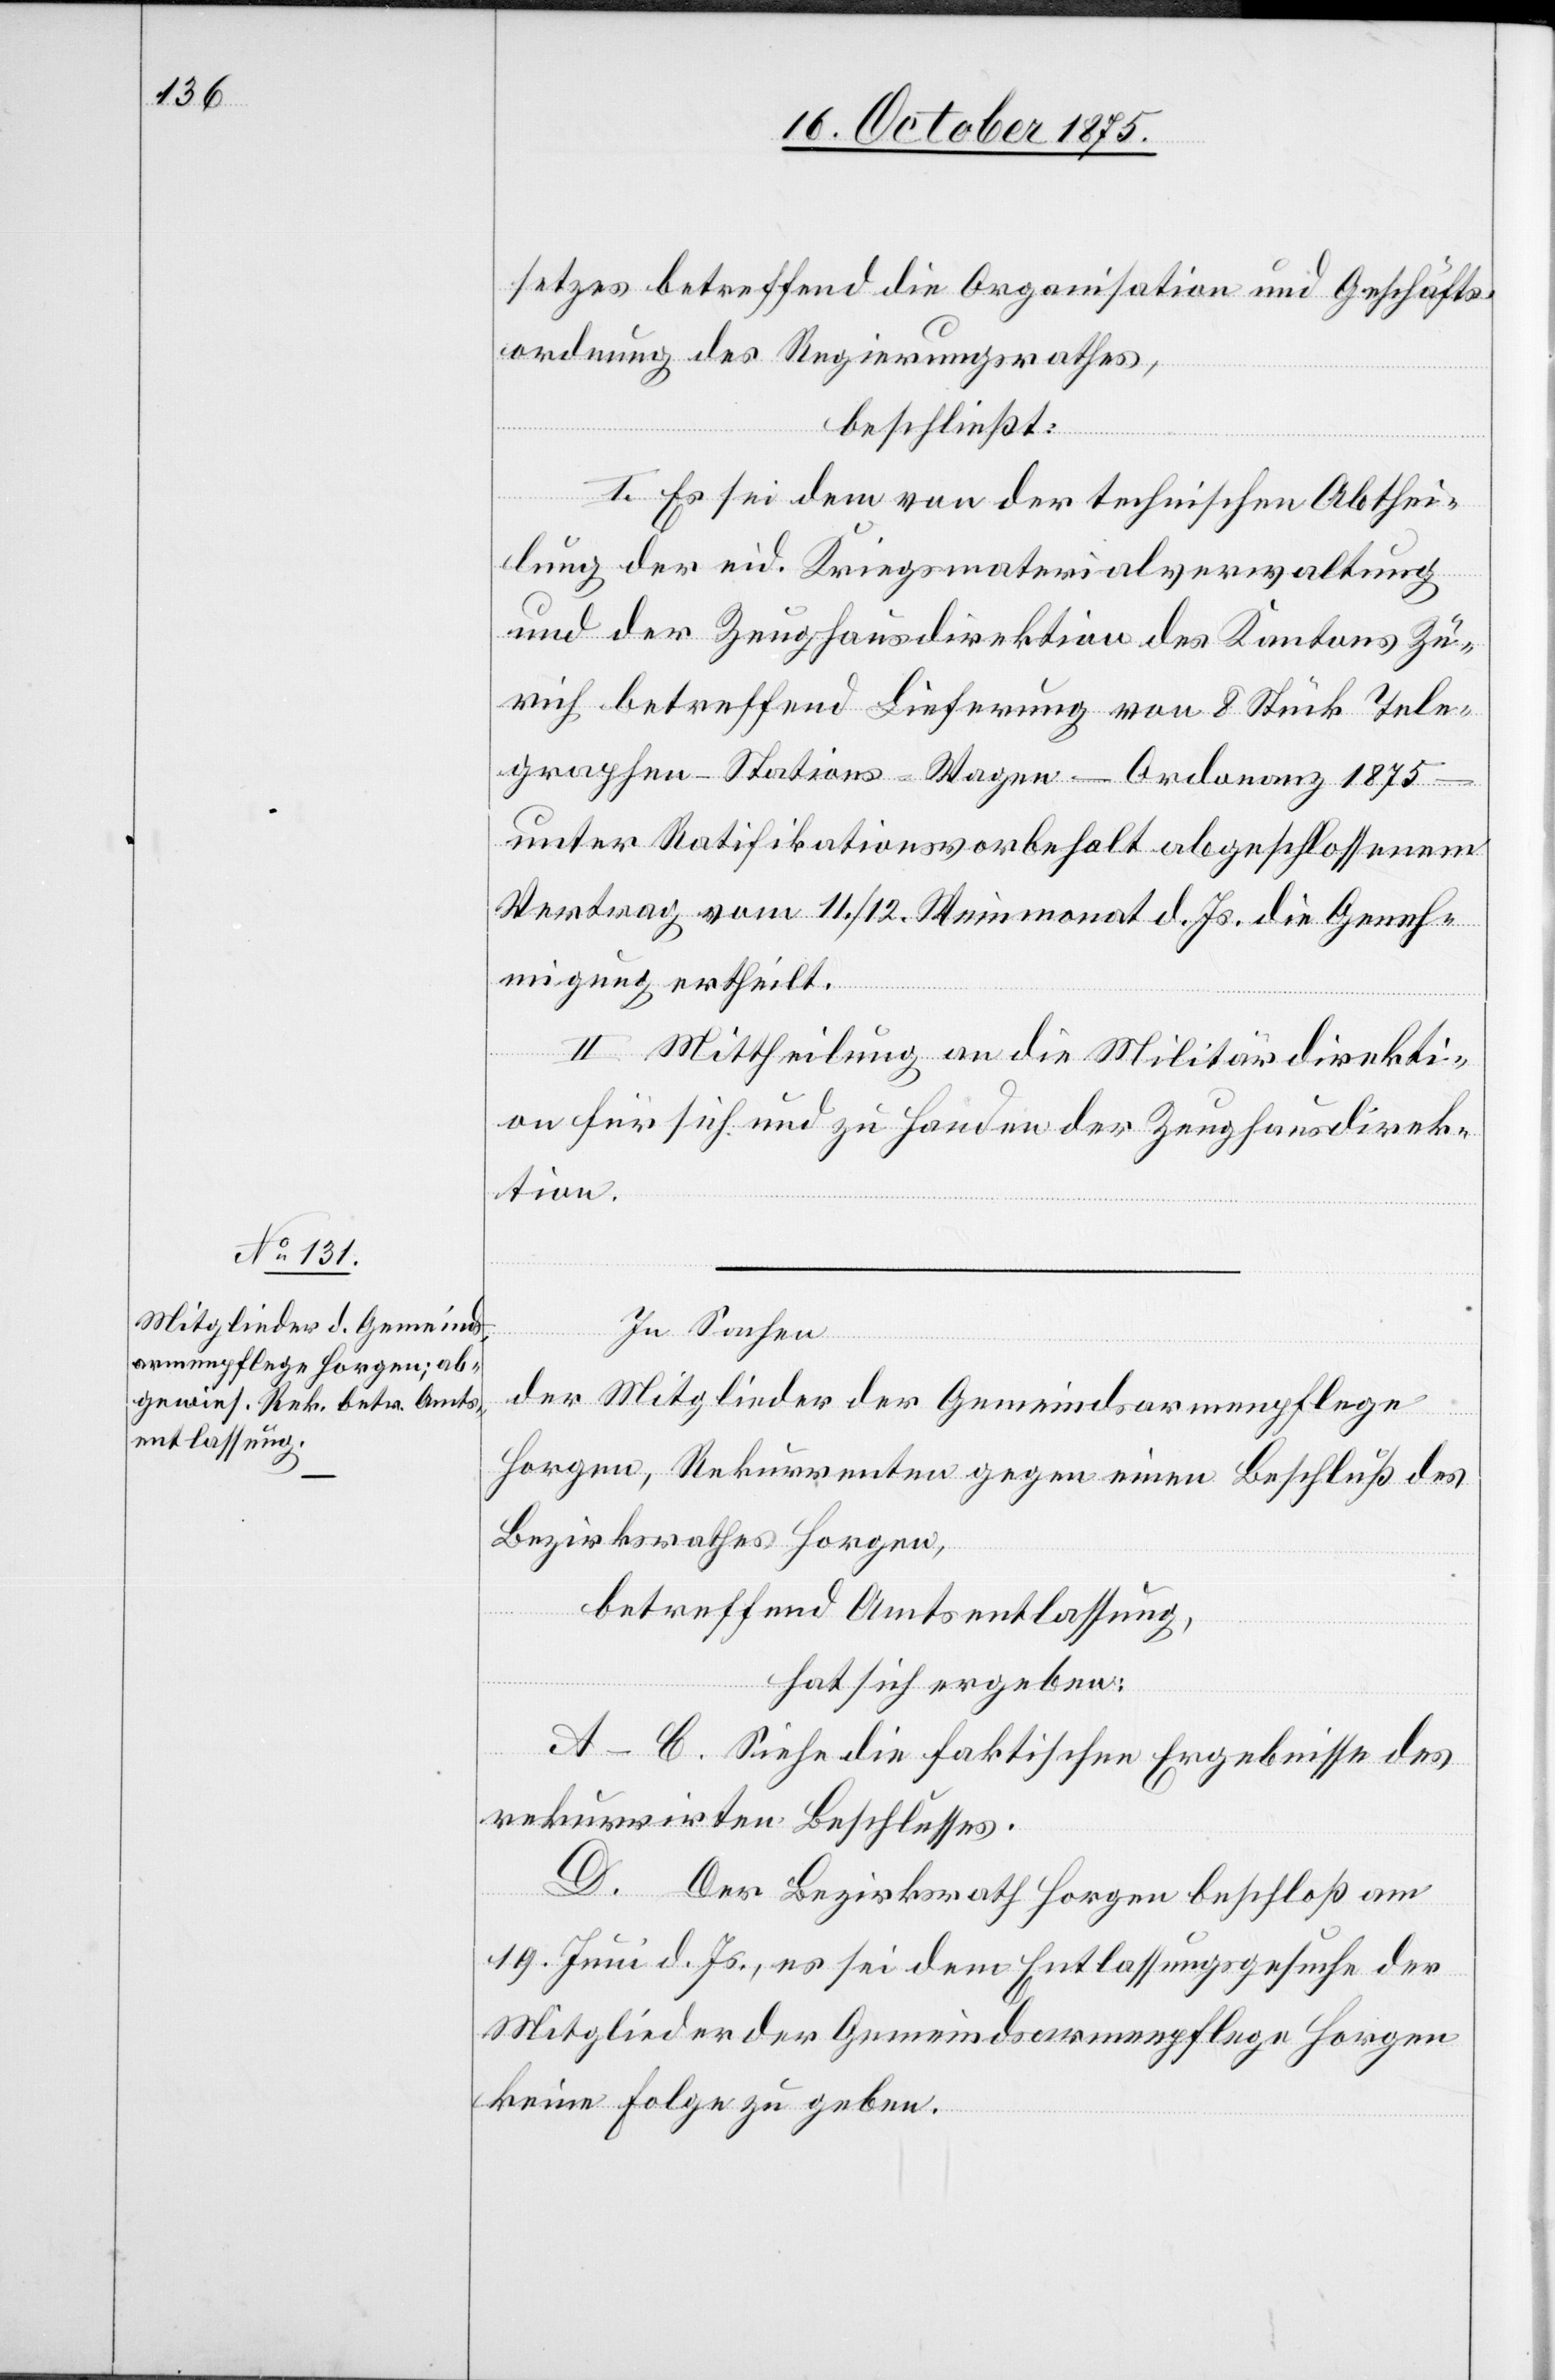
setzes betreffend die Organisation und Geschäfts¬
ordnung des Regierungsrathes,
beschließt:
I. Es sei dem von der technischen Abthei¬
lung der eid. Kriegsmaterialverwaltung
und der Zeughausdirektion des Kantons Zü¬
rich betreffend Lieferung von 8 Stück Tele¬
graphen-Stations-Wagen – Ordonanz 1875
unter Ratifikationsvorbehalt abgeschlossenen
Vertrag vom 11./12. Weinmonat d. Js. die Geneh¬
migung ertheilt.
II. Mittheilung an die Militärdirekti¬
on für sich und zu Handen der Zeughausdirek¬
tion.
In Sachen
der Mitglieder der Gemeindsarmenpflege
Horgen, Rekurrenten gegen einen Beschluß des
Bezirksrathes Horgen,
betreffend Amtsentlassung,
hat sich ergeben:
A–C. Siehe die faktischen Ergebnisse des
rekurrirten Beschlusses.
D. Der Bezirksrath Horgen beschloß am
19. Juni d. Js., es sei dem Entlassungsgesuche der
Mitglieder der Gemeindsarmenpflege Horgen
keine Folge zu geben.